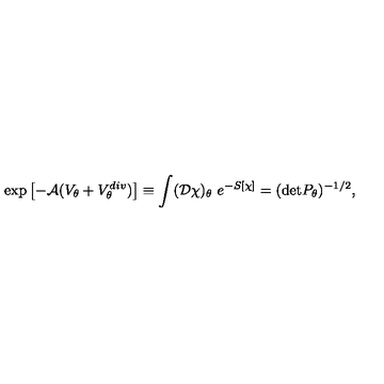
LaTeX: \exp \left[ - { \cal A } ( V _ { \theta } + V _ { \theta } ^ { d i v } ) \right] \equiv \int ( { \cal D } \chi ) _ { \theta } \ e ^ { - S [ \chi ] } = ( \mathrm { d e t } P _ { \theta } ) ^ { - 1 / 2 } ,